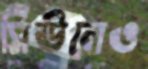
সিউলেও